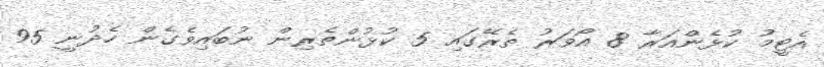
އެޓީމު ކުޅެންއަރާ 8 އޯވަރު ތެރޭގައި 5 ކުޅުންތެރިން ނުބައިވެގެން ހެދުނީ 95